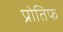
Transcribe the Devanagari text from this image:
प्रोतिफ